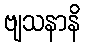
ဗျသနာနိ